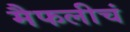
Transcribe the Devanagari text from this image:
मैफलीचं